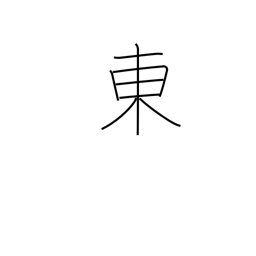
Meaning: east